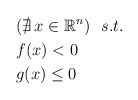
\begin{align*} &(\nexists\, x \in \mathbb{R}^n)\ \ s.t.\\ &f(x) < 0 \\ &g(x) \le 0 \end{align*}